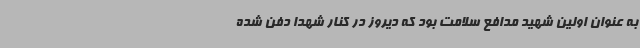
به عنوان اولین شهید مدافع سلامت بود که دیروز در کنار شهدا دفن شده